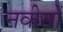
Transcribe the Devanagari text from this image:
नवीसों